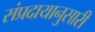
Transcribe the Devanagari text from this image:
संप्रदायानुसारी